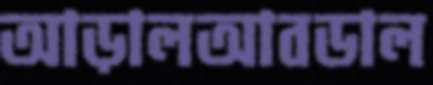
আড়ালআবডাল